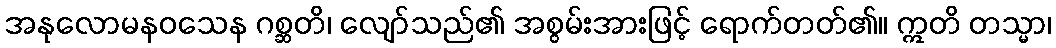
အနုလောမနဝသေန ဂစ္ဆတိ၊ လျော်သည်၏ အစွမ်းအားဖြင့် ရောက်တတ်၏။ ဣတိ တသ္မာ၊